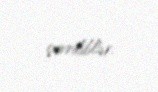
çevriliblər.